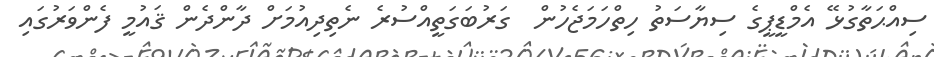
ސިއްޙަތާގުޅޭ އެމްޑީޕީގެ ސިޔާސަތު ހިތްހަމަޖެހުން  ގަރުބަގަތީއްސުރެ ނެތިދިއުމަށް ދާންދެން ޤައުމީ ފެންވަރުގައި